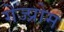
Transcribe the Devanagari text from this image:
गेज्प्रोम